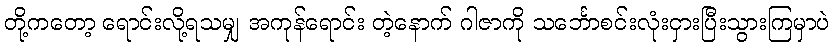
တို့ကတော့ ရောင်းလို့ရသမျှ အကုန်ရောင်း တဲ့နောက် ဂါဇာကို သင်္ဘောစင်းလုံးငှားပြီးသွားကြမှာပဲ